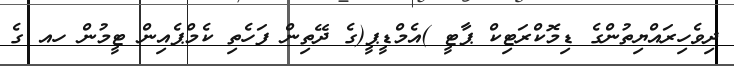
ދިވެހިރައްޔިތުންގެ ޑިމޮކްރަޓިކް ޕާޓީ )އެމްޑީޕީ(ގެ ދޭތިން ފަހެތި ކެމްޕެއިން ޓީމުން ހއ ގެ